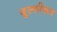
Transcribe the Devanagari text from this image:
ज़ुल्फीकार